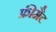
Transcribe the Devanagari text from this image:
फ्रीमैट